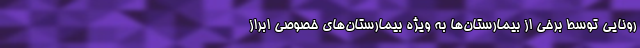
رونایی توسط برخی از بیمارستان‌ها به ویژه بیمارستان‌های خصوصی ابراز